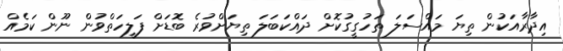
އިދާރާއަކުން ތިޔަ މައްސަލަ ތަހުގީގުކޮށް ދައްކަބަލަ ތިޔަށްވުރެ ބޮޑަށް ފަލީހަތްވުން ނޫން ކަމެއް